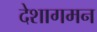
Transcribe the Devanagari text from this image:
देशागमन